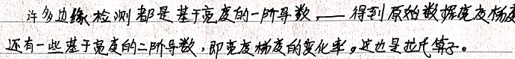
许多边缘检测都是基于亮度的一阶导数，得到原始数据亮度梯度。还有一些基于亮度的二阶导数，即亮度梯度的变化率，这也是拉氏算子。